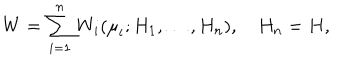
W = \sum _ { i = 1 } ^ { n } W _ { i } ( { \mu } _ { i } ; H _ { 1 } , \ldots , H _ { n } ) , \quad H _ { n } = H ,